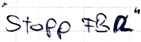
Text: "Stopp FBa"